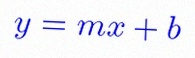
y=mx+b